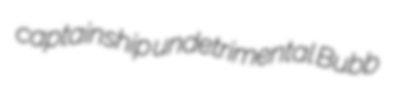
captainship undetrimental Bubb